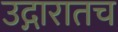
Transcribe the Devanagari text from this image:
उद्गारातच